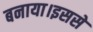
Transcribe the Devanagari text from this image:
बनाया।इससे